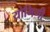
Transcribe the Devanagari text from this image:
योगिणी